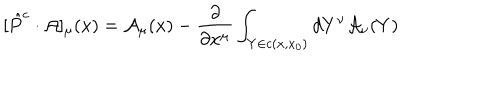
LaTeX: [ \hat { P } ^ { c } \cdot { \cal A } ] _ { \mu } ( x ) = { \cal A } _ { \mu } ( x ) - \frac { \partial } { \partial x ^ { \mu } } \int _ { Y \in c ( x , x _ { 0 } ) } d Y ^ { \nu } { \cal A } _ { \nu } ( Y )